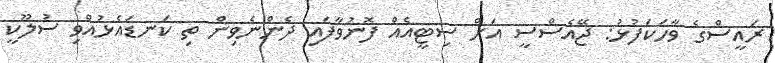
ރައީސްގެ ވާހަކަފުޅު: ޖޭއެސްސީ އަށް ސިޓީއެއް ފޮނުވާފައި ދެންނެވިން ތި ކަނޑައެޅުއްވި ސުލޫކީ